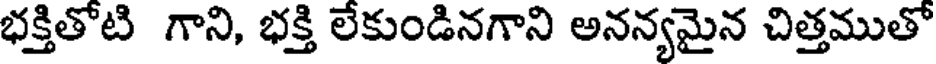
భక్తితోటి గాని, భక్తి లేకుండినగాని అనన్యమైన చిత్తముతో